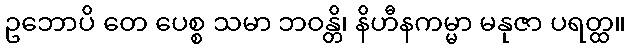
ဥဘောပိ တေ ပေစ္စ သမာ ဘဝန္တိ၊ နိဟီနကမ္မာ မနုဇာ ပရတ္ထ။